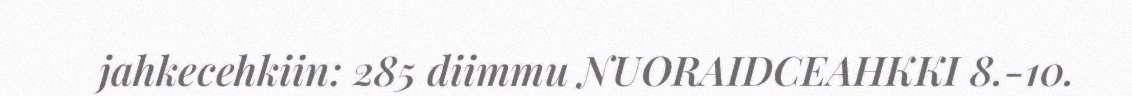
jahkecehkiin: 285 diimmu NUORAIDCEAHKKI 8.-10.